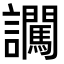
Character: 𧮕